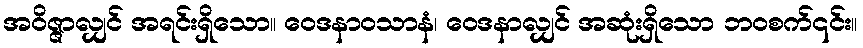
အဝိဇ္ဇာလျှင် အရင်းရှိသော။ ဝေဒနာဝသာနံ၊ ဝေဒနာလျှင် အဆုံးရှိသော ဘဝစက်၎င်း။